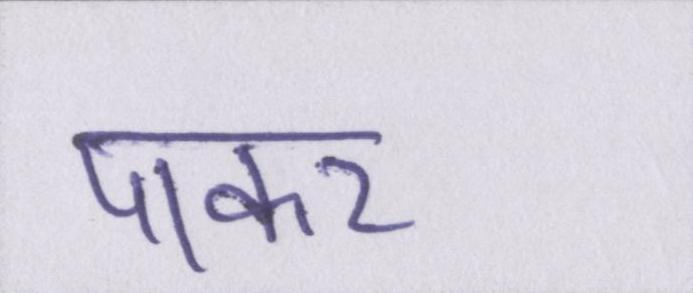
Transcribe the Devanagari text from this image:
पाकर